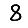
Digit: 8